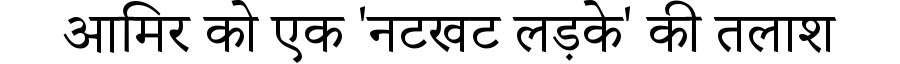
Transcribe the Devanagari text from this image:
आमिर को एक 'नटखट लड़के' की तलाश